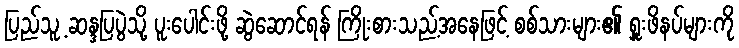
ပြည်သူ့ ဆန္ဒပြပွဲသို့ ပူးပေါင်းဖို့ ဆွဲဆောင်ရန် ကြိုးစားသည့်အနေဖြင့် စစ်သားများ၏ ရှူးဖိနပ်များကို